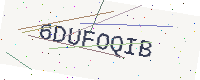
Text: 6DUFOQIB